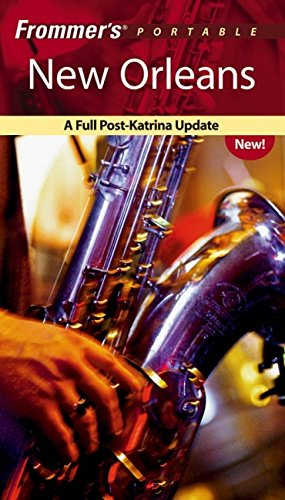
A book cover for Frommer's Portable New Orleans: A Full Post-Katrina Update; Mary Herczog; Travel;